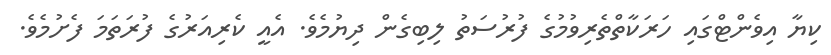
ކިޔާ އިވެންޓްގައި ހަރަކާތްތެރިވުމުގެ ފުރުސަތު ލިބިގެން ދިޔުމެވެ. އެއީ ކެރިއަރުގެ ފުރަތަމަ ފެށުމެވެ.